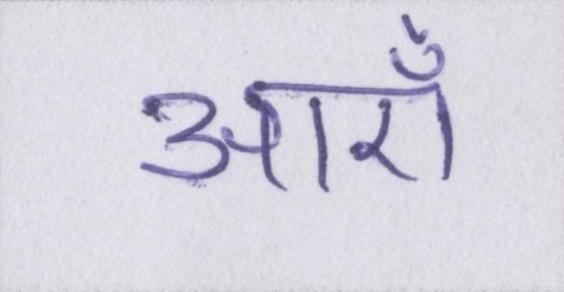
आएँ